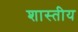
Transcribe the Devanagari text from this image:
शास्तीय